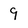
Character: 9